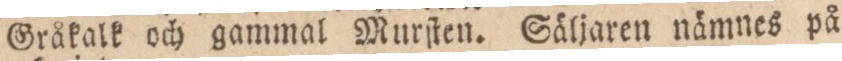
Gråkalk och gammal Murſten. Säljaren nämnes på